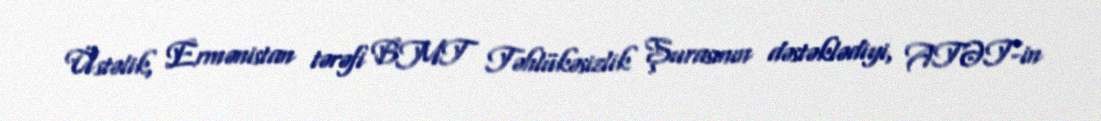
Üstəlik, Ermənistan tərəfi BMT Təhlükəsizlik Şurasının dəstəklədiyi, ATƏT-in